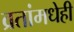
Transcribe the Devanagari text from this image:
व्रतांमधेही